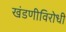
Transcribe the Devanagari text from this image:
खंडणीविरोधी